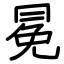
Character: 冕